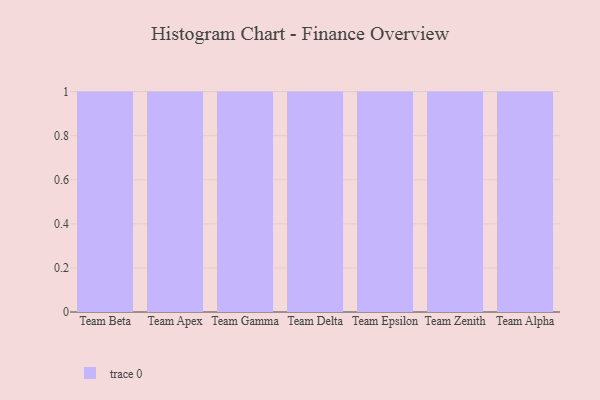
{"axis": {"x": "Team", "y": "Net Income (USD K)"}, "legend": [""], "data": [{"x": "Team Beta", "y": 94, "type": ""}, {"x": "Team Apex", "y": 53, "type": ""}, {"x": "Team Gamma", "y": 46, "type": ""}, {"x": "Team Delta", "y": 13, "type": ""}, {"x": "Team Epsilon", "y": 50, "type": ""}, {"x": "Team Zenith", "y": 74, "type": ""}, {"x": "Team Alpha", "y": 67, "type": ""}]}